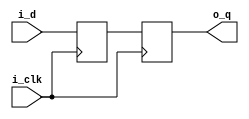
//_____________________________________________________________________________
// Description
// Synchronizer flops
//  
    

`timescale 1ns/1ns

module synch_ff #(
   parameter WIDTH = 1
)
(
  input  wire               i_clk, 
  input  wire [WIDTH-1:0]   i_d, 
  output reg  [WIDTH-1:0]   o_q 

   );

//_____________________________________________________________________________
// Declarations
 reg [WIDTH-1:0] d0;


//_____________________________________________________________________________
// Logic

  always @(posedge i_clk) begin
    d0  <= i_d;
    o_q <= d0;
  end
   
//_____________________________________________________________________________
// Instantiation

endmodule